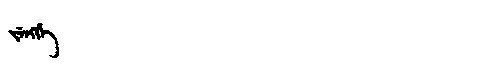
Manchu: ᠵᡝᠩᡤᡝ
Romanization: JENGGE